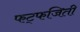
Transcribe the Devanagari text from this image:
फट्फजिती